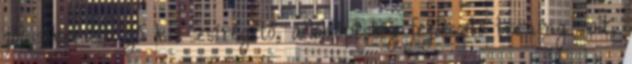
jól sikerült, jó kis zsírégető, állóképesség fejlesztő tréning volt,